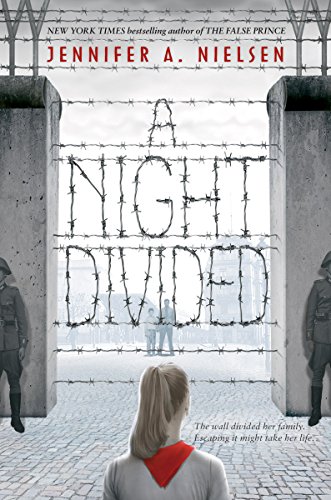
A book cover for A Night Divided; Jennifer A. Nielsen; Children's Books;